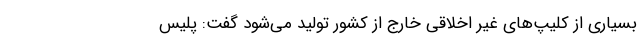
بسیاری از کلیپ‌های غیر اخلاقی خارج از کشور تولید می‌شود گفت: پلیس